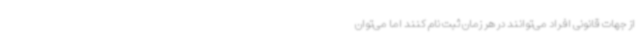
از جهات قانونی افراد می‌توانند در هر زمان ثبت نام کنند اما می‌توان